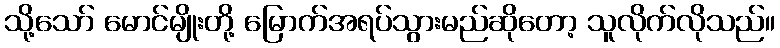
သို့သော် မောင်မျိုးတို့ မြောက်အရပ်သွားမည်ဆိုတော့ သူလိုက်လိုသည်။